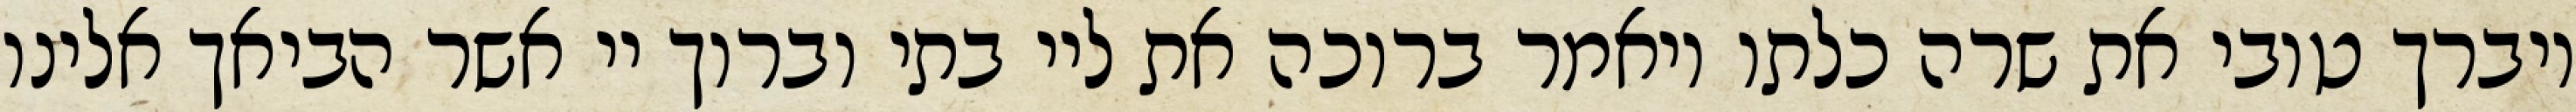
ויברך טובי את שרה כלתו ויאמר ברוכה את ליי בתי וברוך יי אשר הביאך אלינו